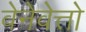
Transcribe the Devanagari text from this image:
वेनेवेत्तो